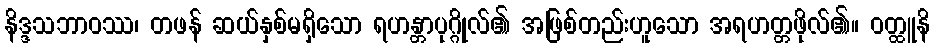
နိဒ္ဒသဘာဝဿ၊ တဖန် ဆယ်နှစ်မရှိသော ရဟန္တာပုဂ္ဂိုလ်၏ အဖြစ်တည်းဟူသော အရဟတ္တဖိုလ်၏။ ဝတ္ထူနိ